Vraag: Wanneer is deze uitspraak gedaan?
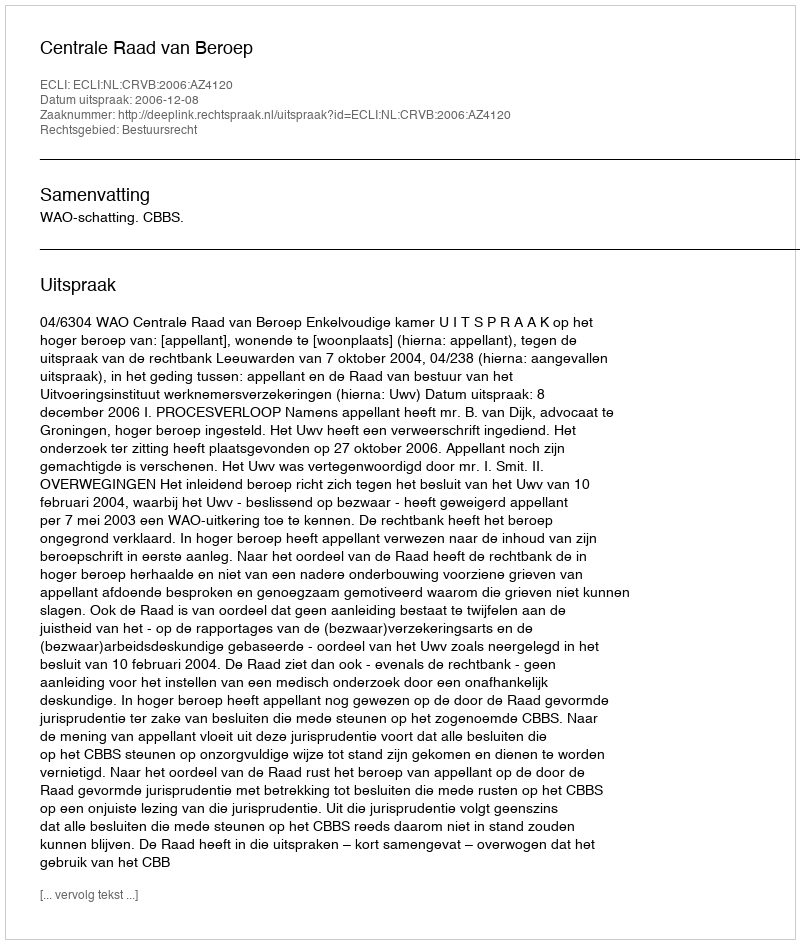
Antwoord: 2006-12-08